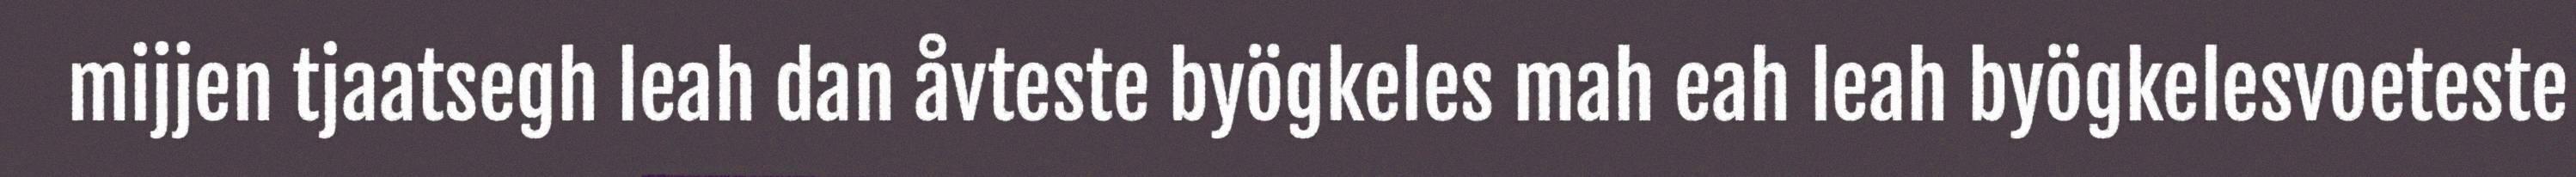
mijjen tjaatsegh leah dan åvteste byögkeles mah eah leah byögkelesvoeteste